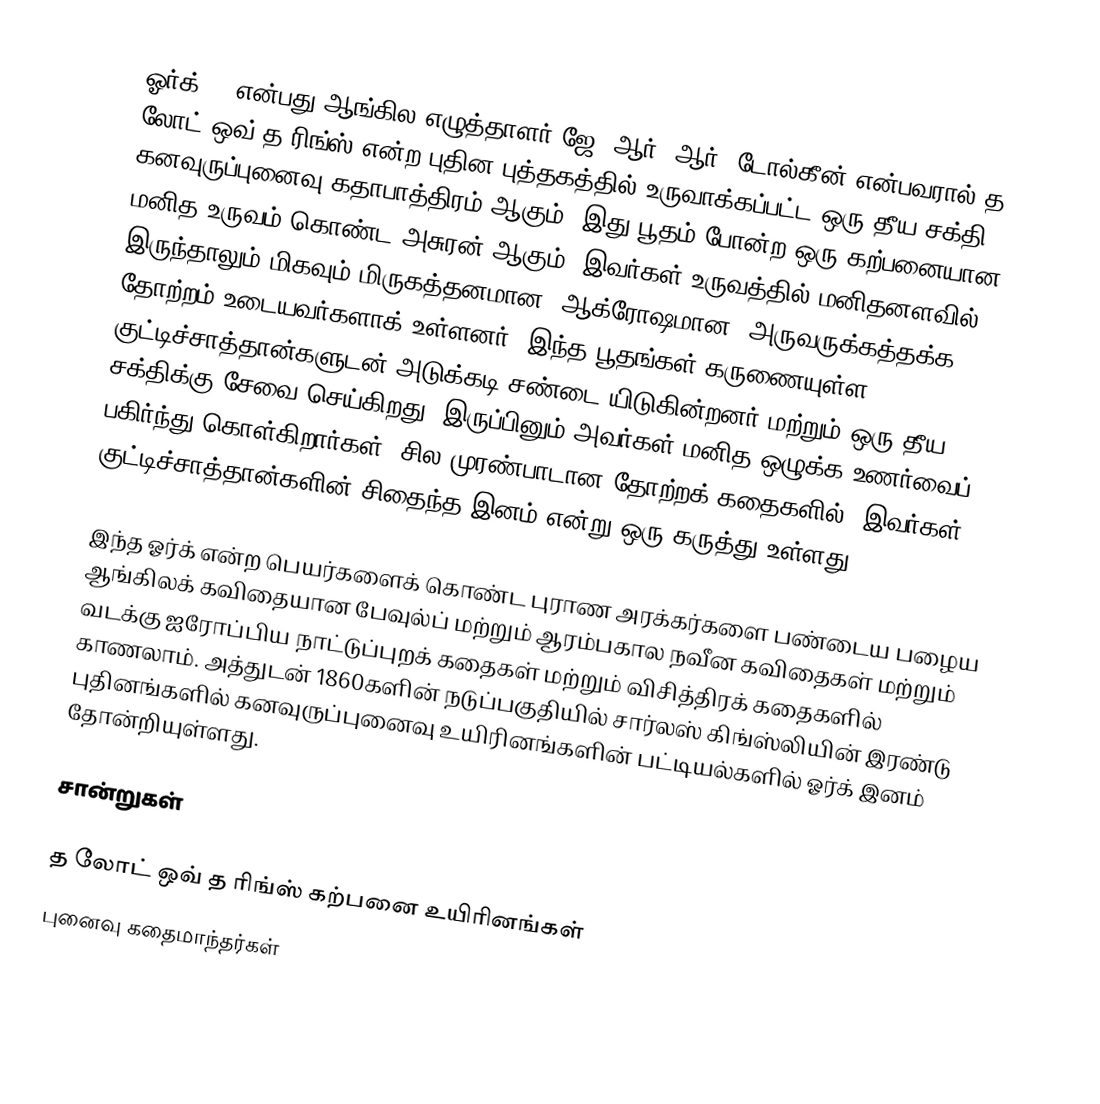
ஓர்க் () என்பது ஆங்கில எழுத்தாளர் ஜே. ஆர். ஆர். டோல்கீன் என்பவரால் த லோட் ஒவ் த ரிங்ஸ் என்ற புதின புத்தகத்தில் உருவாக்கப்பட்ட ஒரு தீய சக்தி கனவுருப்புனைவு கதாபாத்திரம் ஆகும். இது பூதம் போன்ற ஒரு கற்பனையான மனித உருவம் கொண்ட அசுரன் ஆகும். இவர்கள் உருவத்தில் மனிதனளவில் இருந்தாலும் மிகவும் மிருகத்தனமான, ஆக்ரோஷமான, அருவருக்கத்தக்க தோற்றம் உடையவர்களாக் உள்ளனர். இந்த பூதங்கள் கருணையுள்ள குட்டிச்சாத்தான்களுடன் அடுக்கடி சண்டை யிடுகின்றனர் மற்றும் ஒரு தீய சக்திக்கு சேவை செய்கிறது, இருப்பினும் அவர்கள் மனித ஒழுக்க உணர்வைப் பகிர்ந்து கொள்கிறார்கள். சில முரண்பாடான தோற்றக் கதைகளில், இவர்கள் குட்டிச்சாத்தான்களின் சிதைந்த இனம் என்று ஒரு கருத்து உள்ளது.

இந்த  ஓர்க் என்ற பெயர்களைக் கொண்ட புராண அரக்கர்களை பண்டைய பழைய ஆங்கிலக் கவிதையான பேவுல்ப் மற்றும் ஆரம்பகால நவீன கவிதைகள் மற்றும் வடக்கு ஐரோப்பிய நாட்டுப்புறக் கதைகள் மற்றும் விசித்திரக் கதைகளில் காணலாம். அத்துடன் 1860களின் நடுப்பகுதியில் சார்லஸ் கிங்ஸ்லியின் இரண்டு புதினங்களில் கனவுருப்புனைவு உயிரினங்களின் பட்டியல்களில் ஓர்க் இனம் தோன்றியுள்ளது.

சான்றுகள்

த லோட் ஒவ் த ரிங்ஸ் கற்பனை உயிரினங்கள்
புனைவு கதைமாந்தர்கள்